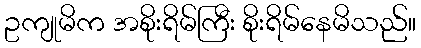
ဥကျုမိက အစိုးရိမ်ကြီး စိုးရိမ်နေမိသည်။